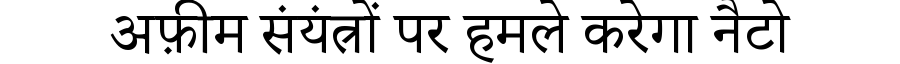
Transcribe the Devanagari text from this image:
अफ़ीम संयंत्रों पर हमले करेगा नैटो